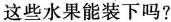
这些水果能装下吗?